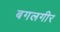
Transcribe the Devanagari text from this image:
बगलगीर